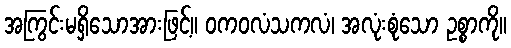
အကြွင်းမရှိသောအားဖြင့်။ ဝကဝလံသကလံ၊ အလုံးစုံသော ဥစ္စာကို။